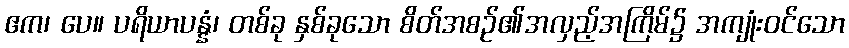
ဧက၊ ပေ။ ပရိယာပန္နံ၊ တစ်ခု နှစ်ခုသော စိတ်အစဉ်၏အလှည့်အကြိမ်၌ အကျုံးဝင်သော